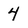
Character: 4